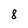
Character: 8